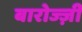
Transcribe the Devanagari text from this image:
बारोज्ज़ी